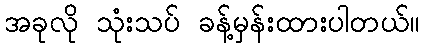
အခုလို သုံးသပ် ခန့်မှန်းထားပါတယ်။